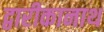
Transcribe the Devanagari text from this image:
द्वारीकानाथ